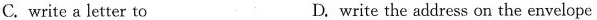
C. write a letter to D. write the address on the envelope